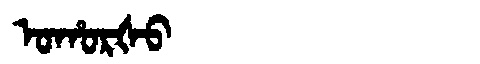
Manchu: ᠣᡥᠣᡵᡧᠣ
Romanization: OHORŠO